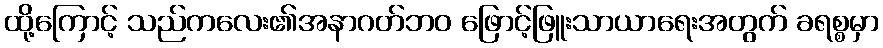
ထို့ကြောင့် သည်ကလေး၏အနာဂတ်ဘဝ ဖြောင့်ဖြူးသာယာရေးအတွက် ခရစ္စမှာ